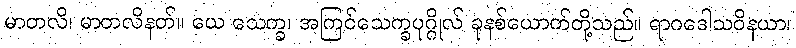
မာတလိ၊ မာတလိနတ်။ ယေ သေက္ခ၊ အကြင်သေက္ခပုဂ္ဂိုလ် ခုနစ်ယောက်တို့သည်။ ရာဂဒေါသဝိနယာ၊